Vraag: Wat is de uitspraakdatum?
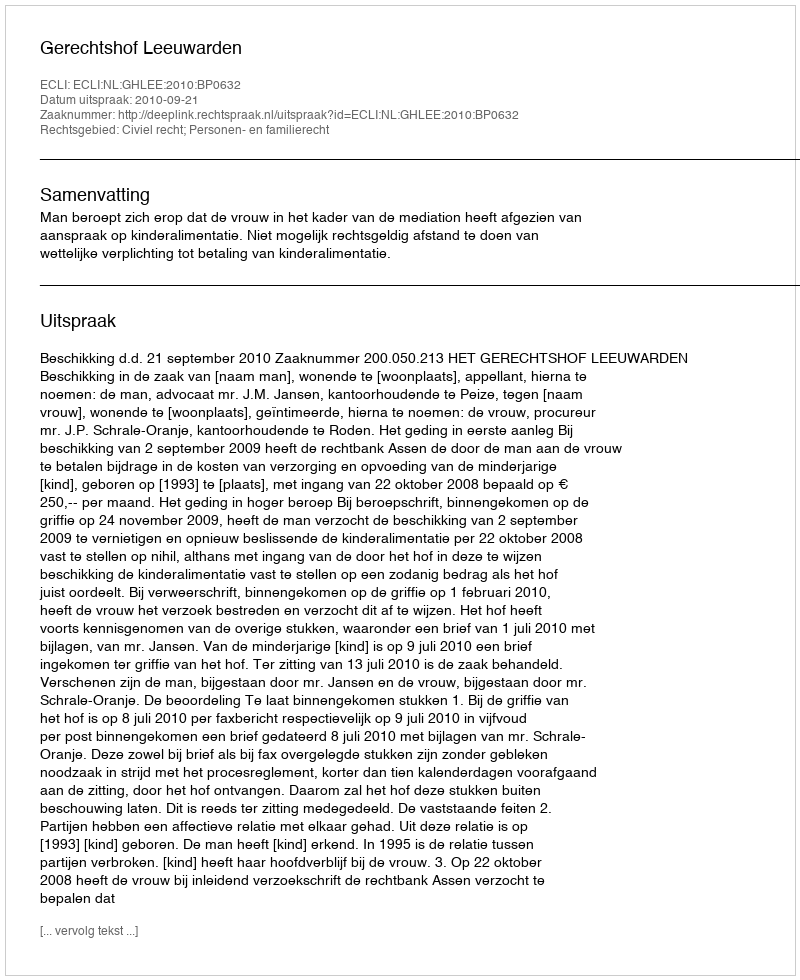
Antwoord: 2010-09-21